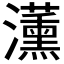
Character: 𭳵